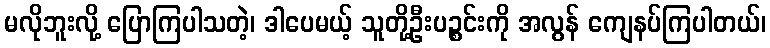
မလိုဘူးလို့ ပြောကြပါသတဲ့၊ ဒါပေမယ့် သူတို့ဦးပဉ္စင်းကို အလွန် ကျေနပ်ကြပါတယ်၊